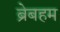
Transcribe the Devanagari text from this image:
ब्रेबहम